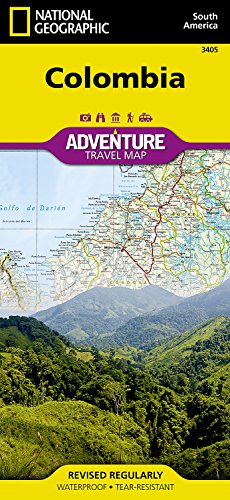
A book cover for Colombia (National Geographic Adventure Map); National Geographic Maps - Adventure; Travel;